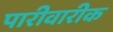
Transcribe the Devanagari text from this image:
पारीवारीक